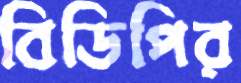
বিডিপির